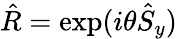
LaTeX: \hat{R}=\exp(i\theta\hat{S}_{y})